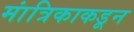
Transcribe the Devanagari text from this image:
मांत्रिकाकडून